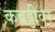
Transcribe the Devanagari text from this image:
कबड्डीवर